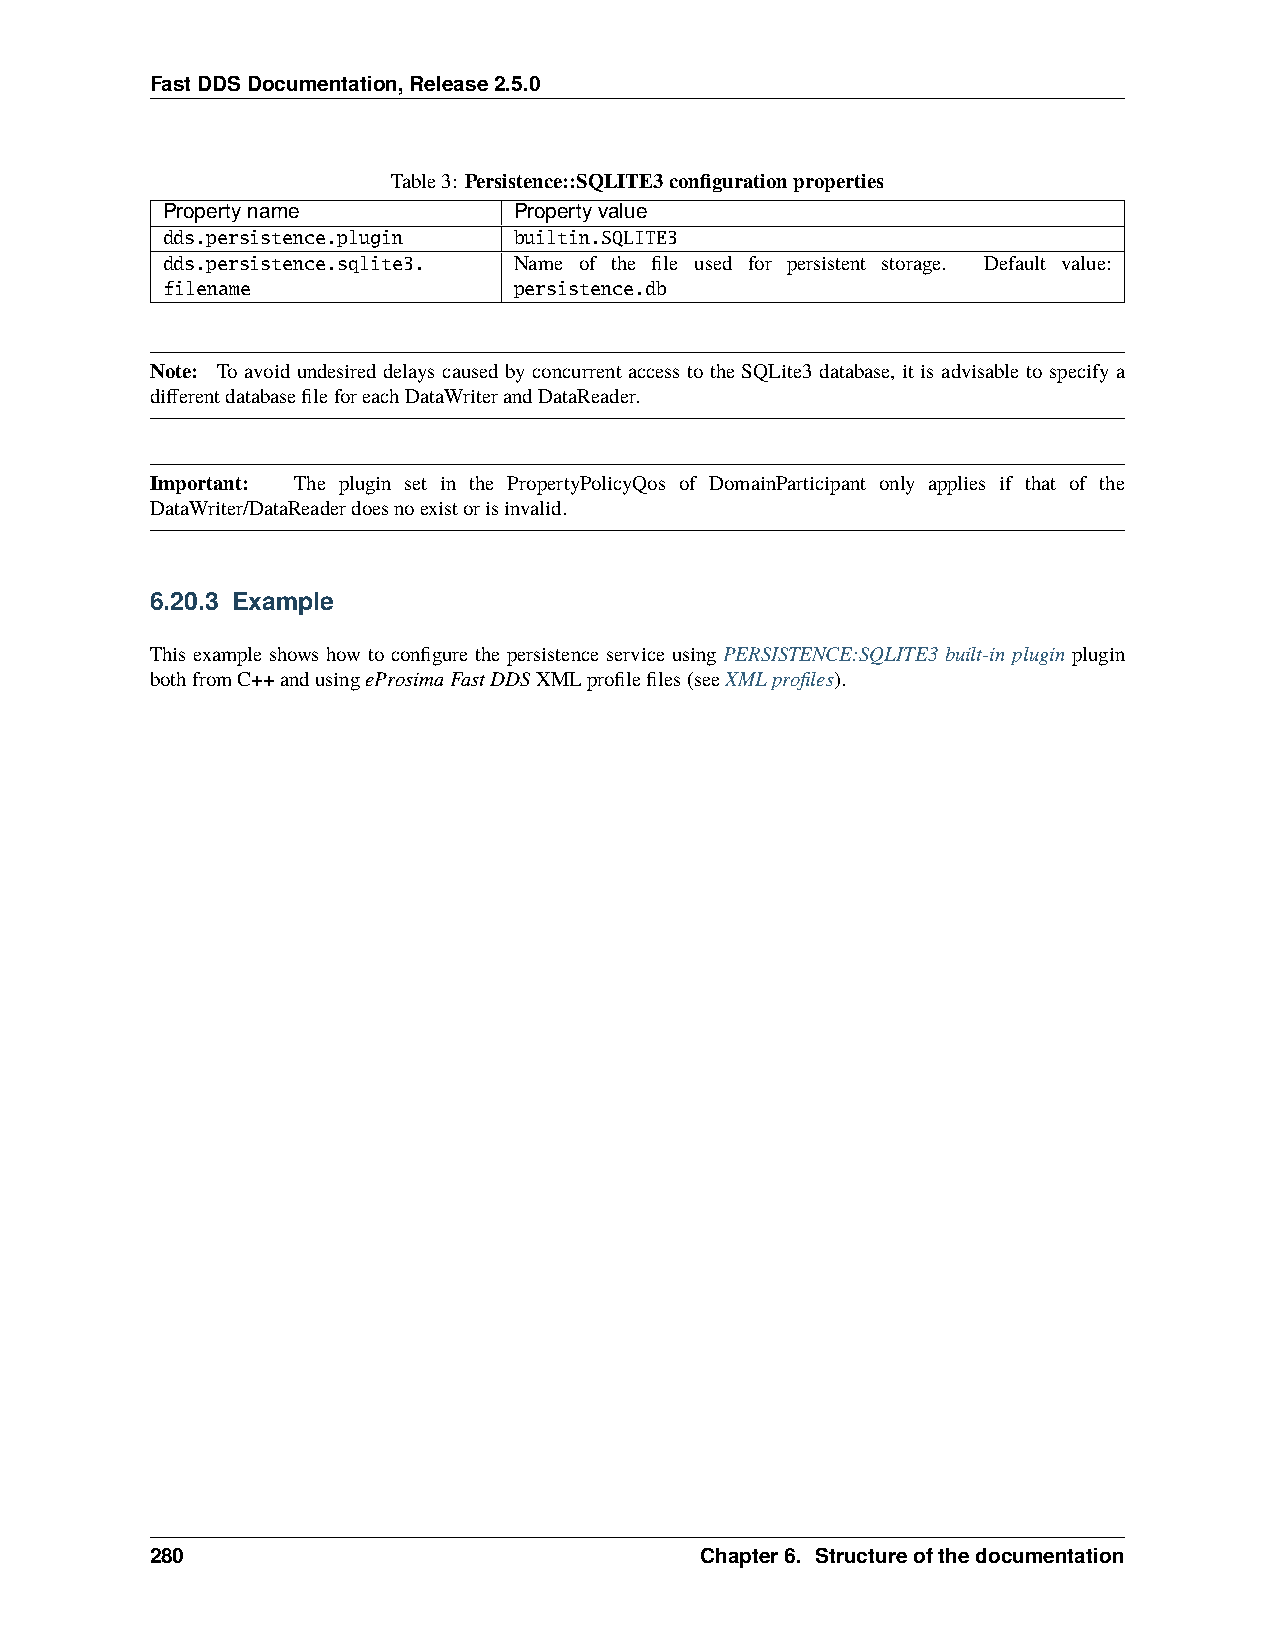
FastDDSDocumentation,Release2.5.0
 Table3: Persistence::SQLITE3configurationproperties
 Propertyname           Propertyvalue
 dds.persistence.plugin builtin.SQLITE3
 dds.persistence.sqlite3. Name of the file used for persistent storage. Default value:
 filename               persistence.db
 Note: To avoid undesired delays caused by concurrent access to the SQLite3 database, it is advisable to specify a
 differentdatabasefileforeachDataWriterandDataReader.
 Important: The plugin set in the PropertyPolicyQos of DomainParticipant only applies if that of the
 DataWriter/DataReaderdoesnoexistorisinvalid.
 6.20.3 Example
 This example shows how to configure the persistence service using PERSISTENCE:SQLITE3 built-in plugin plugin
 bothfromC++andusingeProsimaFastDDSXMLprofilefiles(seeXMLprofiles).
 280                                 Chapter6. Structureofthedocumentation